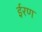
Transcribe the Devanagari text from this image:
ईरण